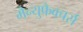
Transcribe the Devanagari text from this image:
मैन्युफैक्चर्स